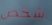
شخص